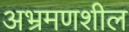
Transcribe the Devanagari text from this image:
अभ्रमणशील